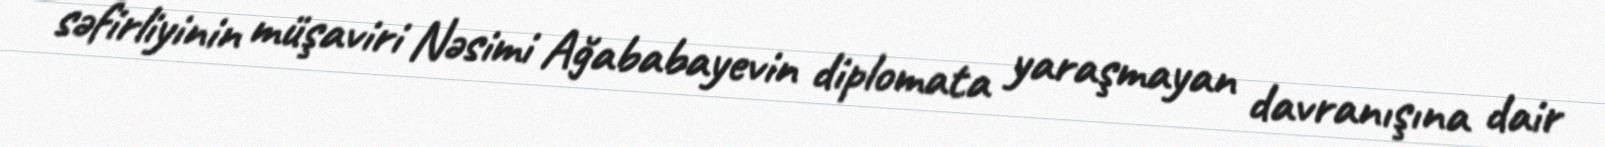
səfirliyinin müşaviri Nəsimi Ağababayevin diplomata yaraşmayan davranışına dair